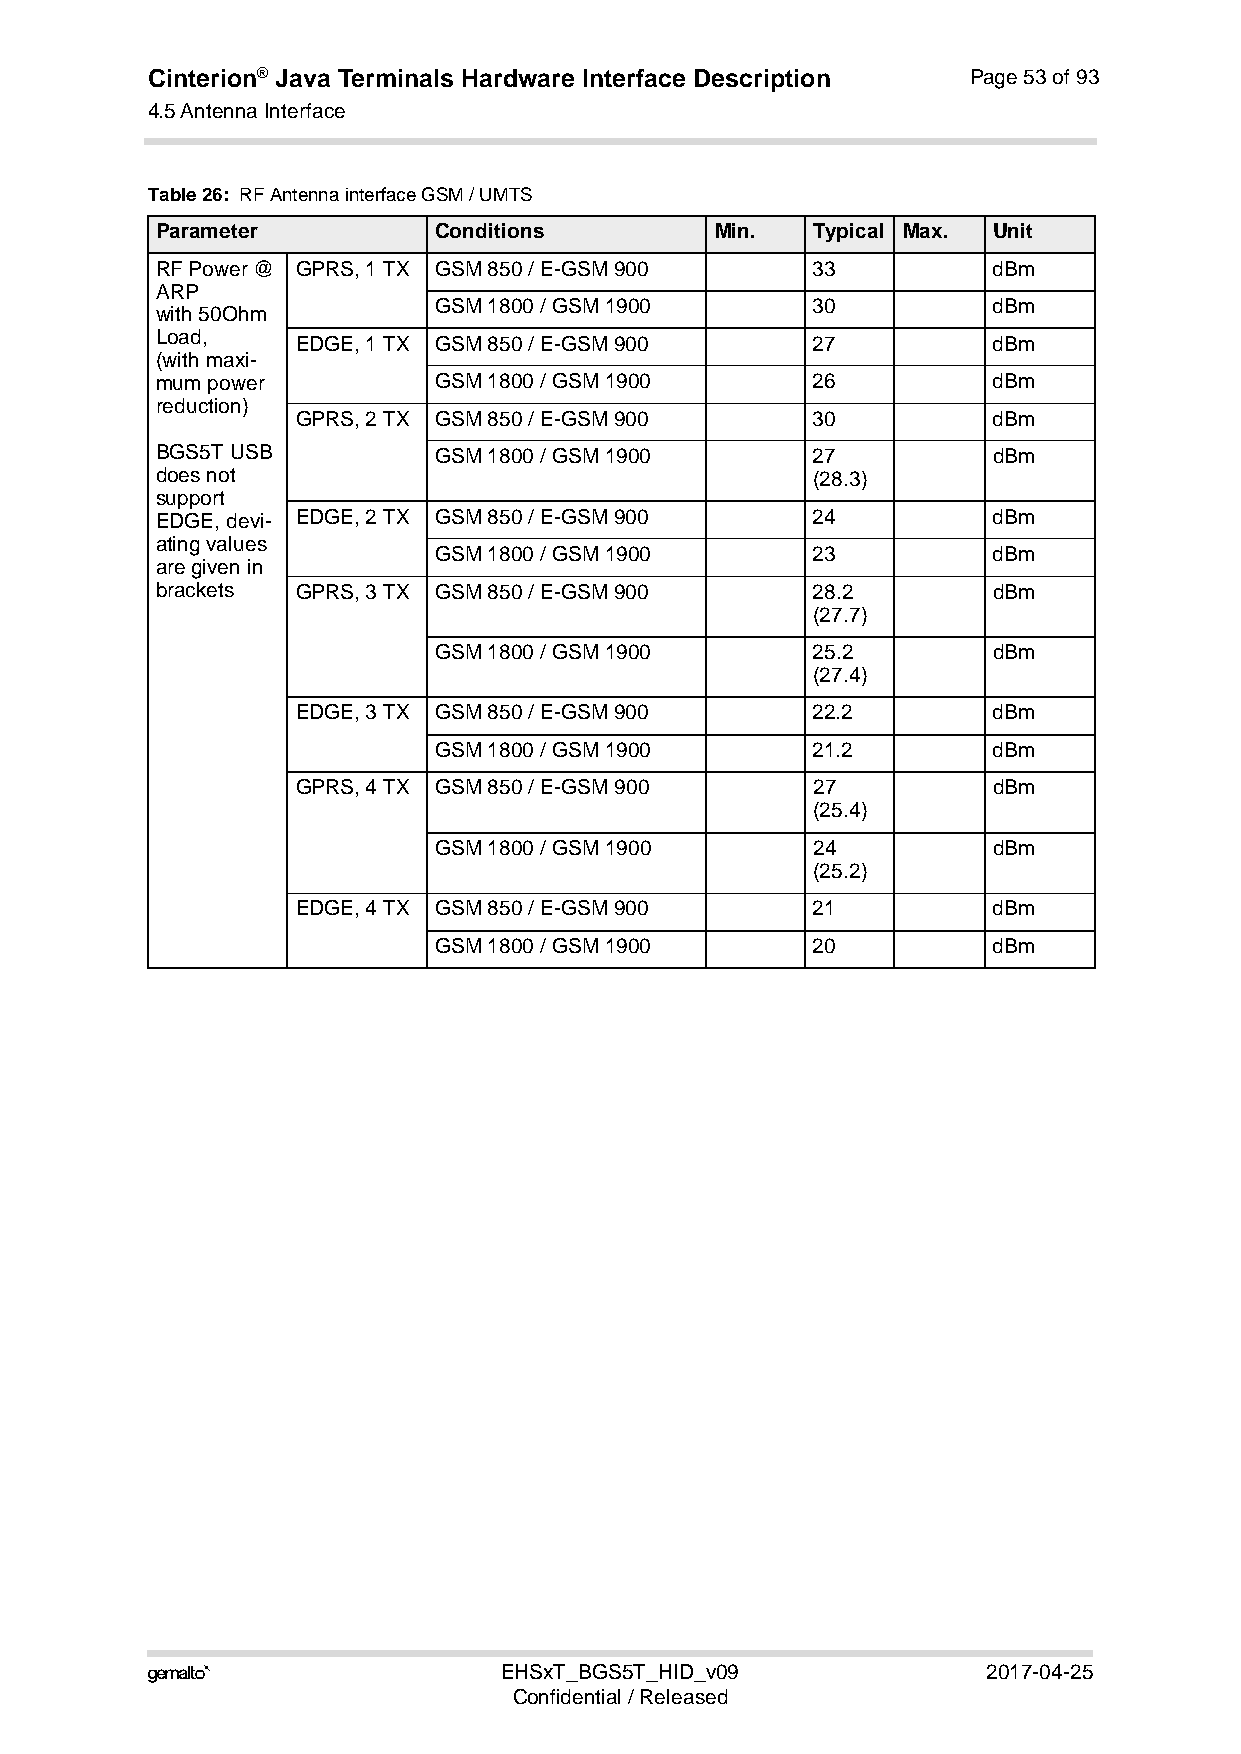
Cinterion® Java Terminals Hardware Interface Description Page 53 of 93
 4.5 Antenna Interface
 54
 Table 26: RF Antenna interface GSM / UMTS
 Parameter          Conditions        Min.   Typical Max. Unit
 RF Power @ GPRS, 1 TX GSM 850 / E-GSM 900   33          dBm
 ARP
 GSM 1800 / GSM 1900      30          dBm
 with 50Ohm
 Load,     EDGE, 1 TX GSM 850 / E-GSM 900    27          dBm
 (with maxi-
 mum power          GSM 1800 / GSM 1900      26          dBm
 reduction)
 GPRS, 2 TX GSM 850 / E-GSM 900    30          dBm
 BGS5T USB          GSM 1800 / GSM 1900      27          dBm
 does not                                    (28.3)
 support
 EDGE, devi- EDGE, 2 TX GSM 850 / E-GSM 900  24          dBm
 ating values
 GSM 1800 / GSM 1900      23          dBm
 are given in
 brackets  GPRS, 3 TX GSM 850 / E-GSM 900    28.2        dBm
 (27.7)
 GSM 1800 / GSM 1900      25.2        dBm
 (27.4)
 EDGE, 3 TX GSM 850 / E-GSM 900    22.2        dBm
 GSM 1800 / GSM 1900      21.2        dBm
 GPRS, 4 TX GSM 850 / E-GSM 900    27          dBm
 (25.4)
 GSM 1800 / GSM 1900      24          dBm
 (25.2)
 EDGE, 4 TX GSM 850 / E-GSM 900    21          dBm
 GSM 1800 / GSM 1900      20          dBm
                       EHSxT_BGS5T_HID_v09             2017-04-25
 Confidential / Released